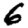
Digit: 6